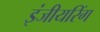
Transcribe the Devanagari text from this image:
इंजीयरिंग